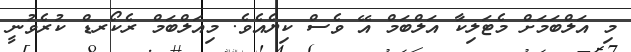
މި އަލްބަމަށް މެޓަލިކާ އަލްބަމް އޭ ވެސް ކިޔެއެވެ. މިއަލްބަމް ރެކޯރޑް ކުރެވުނީ